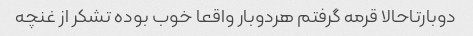
دوبارتاحالا قرمه گرفتم هردوبار واقعا خوب بوده تشکر از غنچه